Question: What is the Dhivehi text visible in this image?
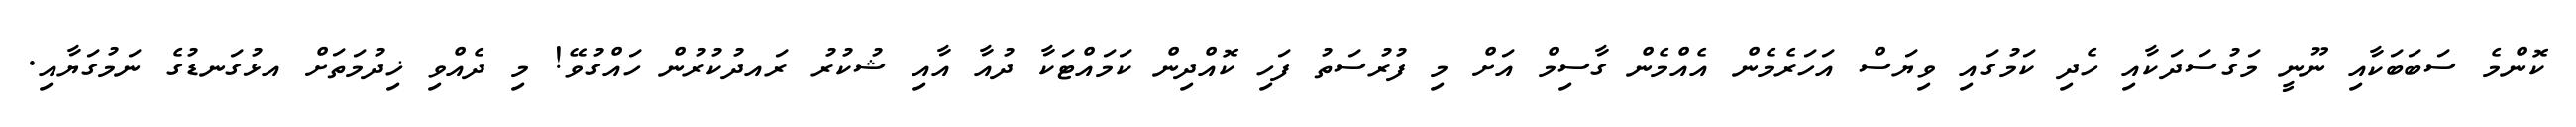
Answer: ކޮންމެ ސަބަބަކާއި ނޫނީ މަގުސަދަކާއި ހެދި ކަމުގައި ވިޔަސް އަހަރެމެން އެއްމެން ގާސިމް އަށް މި ފުރުސަތު ފަހި ކޮއްދިން ކަމައްޓަކާ ދުއާ އާއި ޝުކުރު ރައދުކުރުން ހައްގުވޭ! މި ދެއްވި ޚިދުމަތަށް އޅުގަނޑުގެ ނަމުގަޔާއި.